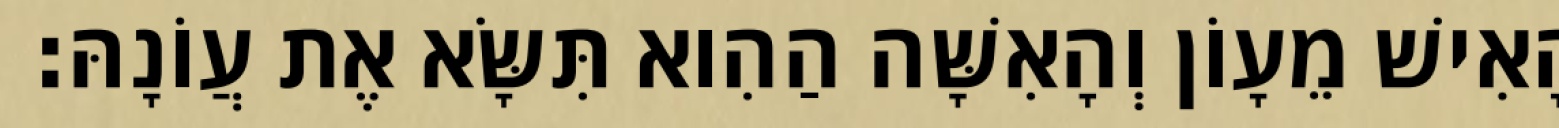
הָאִישׁ מֵעָוֹן וְהָאִשָּׁה הַהִוא תִּשָּׂא אֶת עֲוֹנָהּ׃